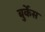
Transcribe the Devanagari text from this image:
बुर्केस